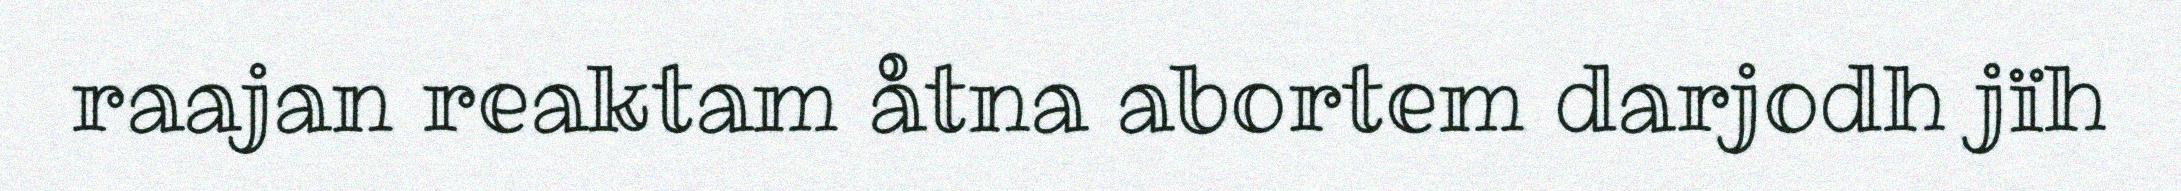
raajan reaktam åtna abortem darjodh jïh